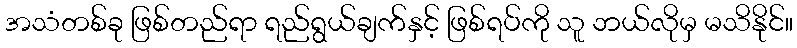
အသံတစ်ခု ဖြစ်တည်ရာ ရည်ရွယ်ချက်နှင့် ဖြစ်ရပ်ကို သူ ဘယ်လိုမှ မသိနိုင်။